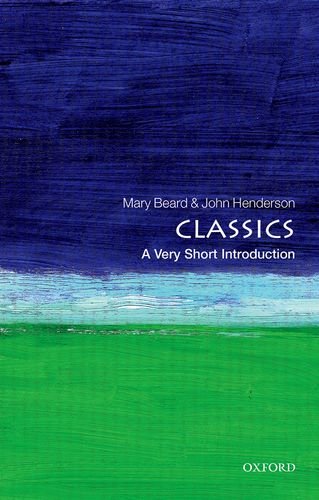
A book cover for Classics: A Very Short Introduction; Mary Beard; Literature & Fiction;